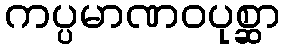
ကပ္ပမာဏဝပုစ္ဆာ